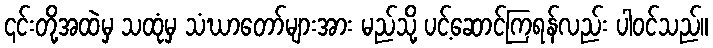
၎င်းတို့အထဲမှ သထုံမှ သံဃာတော်များအား မည်သို့ ပင့်ဆောင်ကြရန်လည်း ပါဝင်သည်။